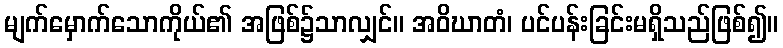
မျက်မှောက်သောကိုယ်၏ အဖြစ်၌သာလျှင်။ အဝိဃာတံ၊ ပင်ပန်းခြင်းမရှိသည်ဖြစ်၍။